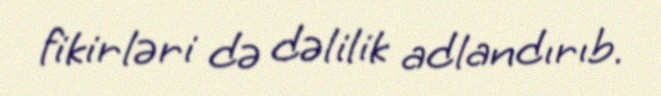
fikirləri də dəlilik adlandırıb.